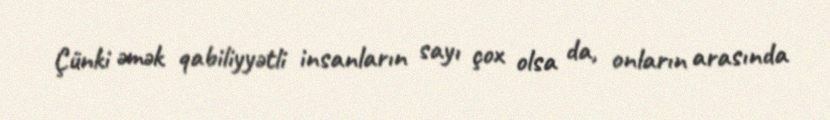
Çünki əmək qabiliyyətli insanların sayı çox olsa da, onların arasında